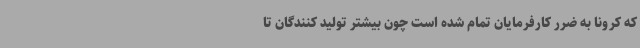
که کرونا به ضرر کارفرمایان تمام شده است چون بیشتر تولید کنندگان تا